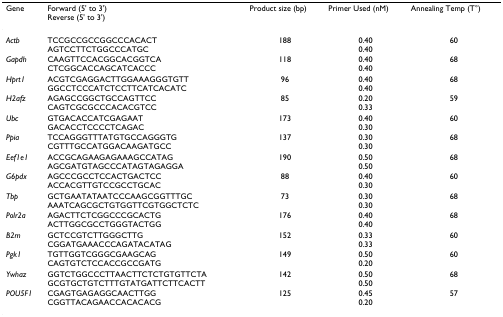
<table><thead><tr><td><b>Gene</b></td><td><b>Forward (5&#x27; to 3&#x27;)Reverse (5&#x27; to 3&#x27;)</b></td><td><b>Product size (bp)</b></td><td><b>Primer Used (nM)</b></td><td><b>Annealing Temp (T°)</b></td></tr></thead><tbody><tr><td><i>Actb</i></td><td>TCCGCCGCCGGCCCACACTAGTCCTTCTGGCCCATGC</td><td>188</td><td>0.400.40</td><td>60</td></tr><tr><td><i>Gapdh</i></td><td>CAAGTTCCACGGCACGGTCACTCGGCACCAGCATCACCC</td><td>118</td><td>0.400.40</td><td>68</td></tr><tr><td><i>Hprt1</i></td><td>ACGTCGAGGACTTGGAAAGGGTGTTGGCCTCCCATCTCCTTCATCACATC</td><td>96</td><td>0.400.40</td><td>68</td></tr><tr><td><i>H2afz</i></td><td>AGAGCCGGCTGCCAGTTCCCAGTCGCGCCCACACGTCC</td><td>85</td><td>0.200.33</td><td>59</td></tr><tr><td><i>Ubc</i></td><td>GTGACACCATCGAGAATGACACCTCCCCTCAGAC</td><td>173</td><td>0.400.30</td><td>60</td></tr><tr><td><i>Ppia</i></td><td>TCCAGGGTTTATGTGCCAGGGTGCGTTTGCCATGGACAAGATGCC</td><td>137</td><td>0.300.30</td><td>68</td></tr><tr><td><i>Eef1e1</i></td><td>ACCGCAGAAGAGAAAGCCATAGAGCGATGTAGCCCATAGTAGAGGA</td><td>190</td><td>0.500.50</td><td>68</td></tr><tr><td><i>G6pdx</i></td><td>AGCCCGCCTCCACTGACTCCACCACGTTGTCCGCCTGCAC</td><td>88</td><td>0.400.30</td><td>60</td></tr><tr><td><i>Tbp</i></td><td>GCTGAATATAATCCCAAGCGGTTTGCAAATCAGCGCTGTGGTTCGTGGCTCTC</td><td>73</td><td>0.300.30</td><td>68</td></tr><tr><td><i>Polr2a</i></td><td>AGACTTCTCGGCCCGCACTGACTTGGCGCCTGGGTACTGG</td><td>176</td><td>0.400.40</td><td>68</td></tr><tr><td><i>B2m</i></td><td>GCTCCGTCTTGGGCTTGCGGATGAAACCCAGATACATAG</td><td>152</td><td>0.330.33</td><td>60</td></tr><tr><td><i>Pgk1</i></td><td>TGTTGGTCGGGCGAAGCAGCAGTGTCTCCACCGCCGATG</td><td>149</td><td>0.500.20</td><td>60</td></tr><tr><td><i>Ywhaz</i></td><td>GGTCTGGCCCTTAACTTCTCTGTGTTCTAGCGTGCTGTCTTTGTATGATTCTTCACTT</td><td>142</td><td>0.500.50</td><td>68</td></tr><tr><td><i>POU5F1</i></td><td>CGAGTGAGAGGCAACTTGGCGGTTACAGAACCACACACG</td><td>125</td><td>0.450.20</td><td>57</td></tr></tbody></table>